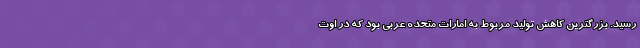
رسید. بزرگترین کاهش تولید مربوط به امارات متحده عربی بود که در اوت